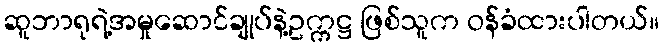
ဆူဘာရုရဲ့အမှုဆောင်ချုပ်နဲ့ဥက္ကဋ္ဌ ဖြစ်သူက ဝန်ခံထားပါတယ်။